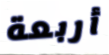
أربعة